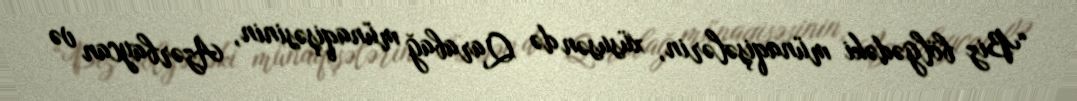
“Biz bölgədəki münaqişələrin, xüsusən də Qarabağ münaqişəsinin, Azərbaycan və